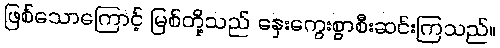
ဖြစ်သောကြောင့် မြစ်တို့သည် နှေးကွေးစွာစီးဆင်းကြသည်။